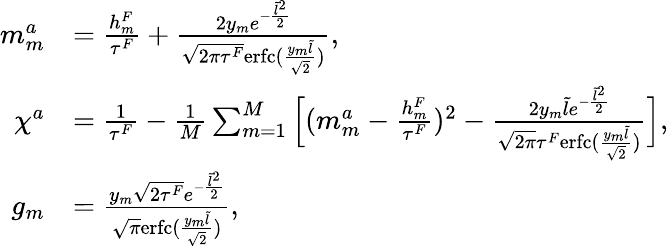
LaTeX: \begin{array}{rl}{m_{m}^{a}}&{=\frac{h_{m}^{F}}{\tau^{F}}+\frac{2y_{m}e^{-\frac{\tilde{l}^{2}}{2}}}{\sqrt{2\pi\tau^{F}}\mathrm{erfc}(\frac{y_{m}\tilde{l}}{\sqrt{2}})},}\\ {\chi^{a}}&{=\frac{1}{\tau^{F}}-\frac{1}{M}\sum_{m=1}^{M}\Big[(m_{m}^{a}-\frac{h_{m}^{F}}{\tau^{F}})^{2}-\frac{2y_{m}\tilde{l}e^{-\frac{\tilde{l}^{2}}{2}}}{\sqrt{2\pi}\tau^{F}\mathrm{erfc}(\frac{y_{m}\tilde{l}}{\sqrt{2}})}\Big],}\\ {g_{m}}&{=\frac{y_{m}\sqrt{2\tau^{F}}e^{-\frac{\tilde{l}^{2}}{2}}}{\sqrt{\pi}\mathrm{erfc}(\frac{y_{m}\tilde{l}}{\sqrt{2}})},}\end{array}